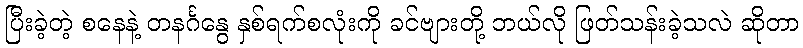
ပြီးခဲ့တဲ့ စနေနဲ့ တနင်္ဂနွေ နှစ်ရက်စလုံးကို ခင်ဗျားတို့ ဘယ်လို ဖြတ်သန်းခဲ့သလဲ ဆိုတာ